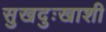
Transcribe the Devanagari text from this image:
सुखदुःखाशी